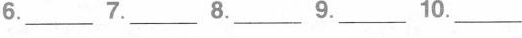
6.______7.______8.______9.______10_________